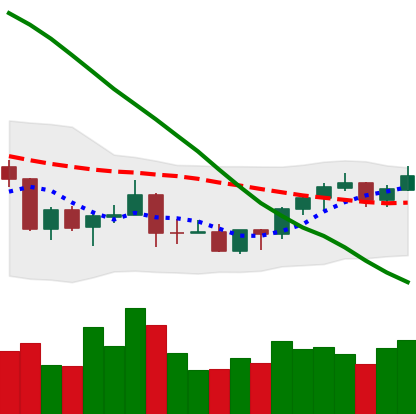
Ticker: BNB-USD
Chart end date: 2022-03-22
Forward return: 6.477%
Label: up_5_7